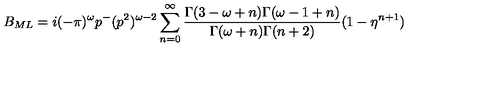
B _ { M L } = i ( - \pi ) ^ { \omega } p ^ { - } ( p ^ { 2 } ) ^ { \omega - 2 } \sum _ { n = 0 } ^ { \infty } \frac { \Gamma ( 3 - \omega + n ) \Gamma ( \omega - 1 + n ) } { \Gamma ( \omega + n ) \Gamma ( n + 2 ) } ( 1 - \eta ^ { n + 1 } )